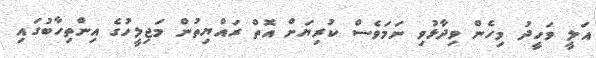
އަލީ ވަހީދު މިހެން ވިދާޅުވި ނަމަވެސް ކުރިޔަށް އޮތް ރައްޔިތުން މަޖިލީހުގެ އިންތިހާބުގައި